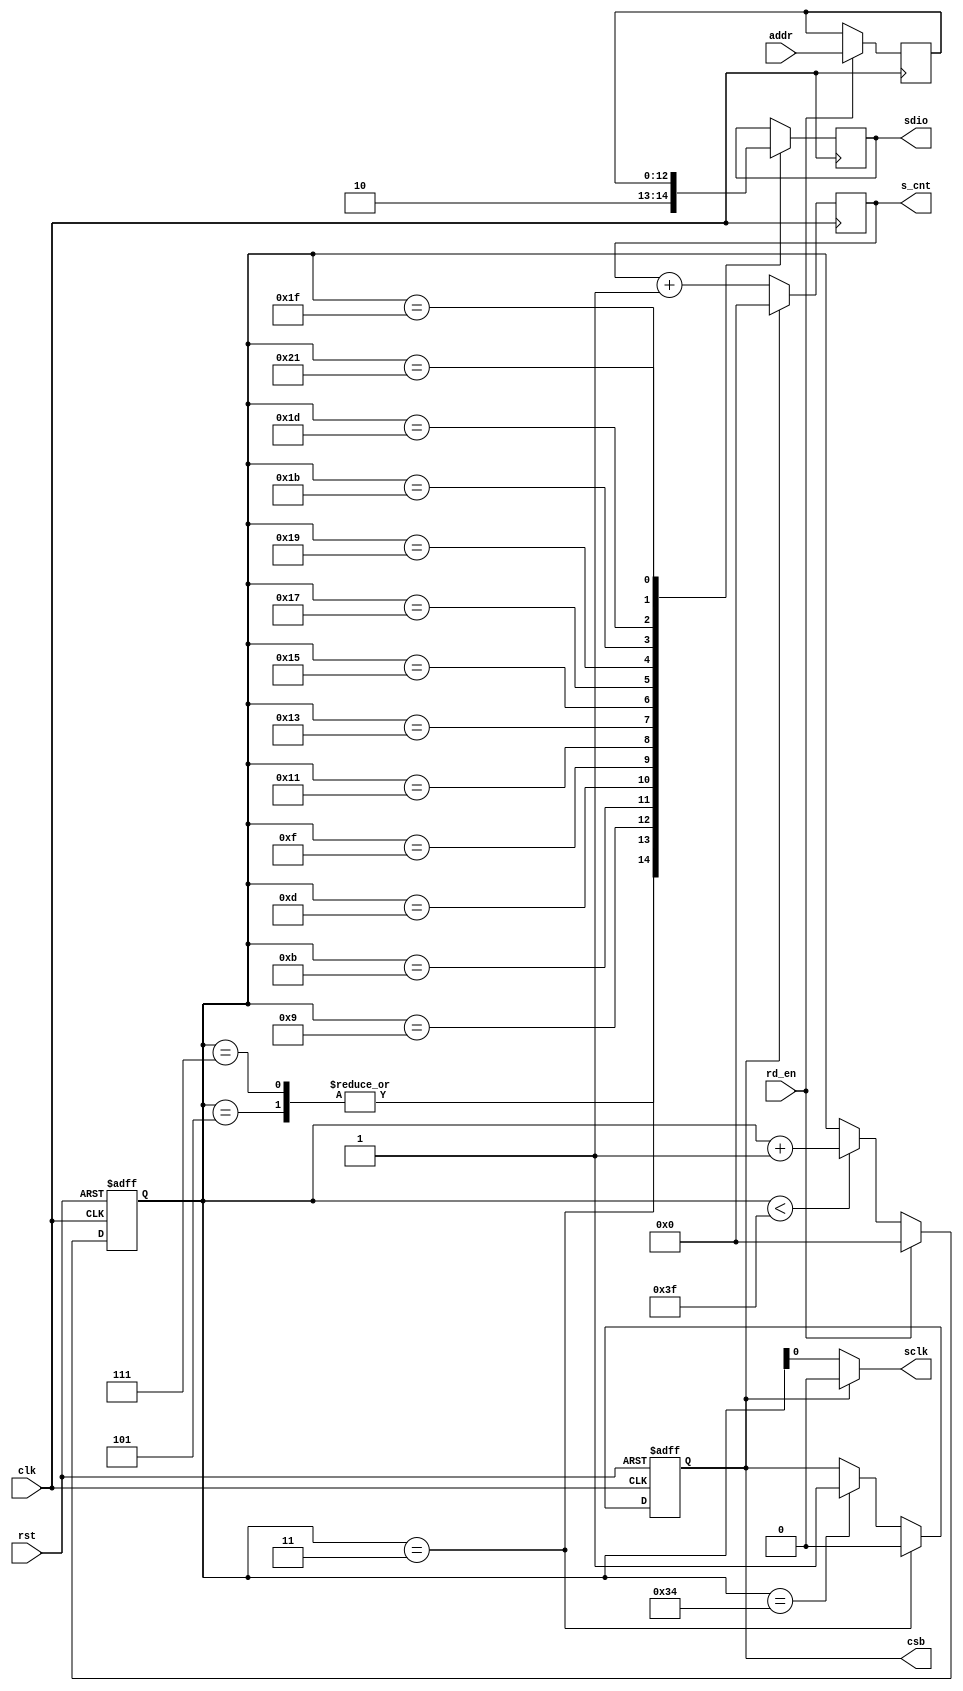
`timescale 1ns / 1ps
//////////////////////////////////////////////////////////////////////////////////
// Company: 
// Engineer: 
// 
// Design Name: 
// Module Name:    spi_rd 
// Project Name: 
// Target Devices: 
// Tool versions: 
// Description: 
//
// Dependencies: 
//
// Revision: 
// Revision 0.01 - File Created
// Additional Comments: 
//
//////////////////////////////////////////////////////////////////////////////////
module spi_rd(
    input          clk,
	 input          rst,
	 input	       rd_en,
	 input  [12:0]  addr,
	 output  reg    csb,
	 output         sclk,
	 output  reg    sdio,
	 output reg[5:0]s_cnt
    );

	 reg [12:0]reg_addr;
    always@(posedge clk)
	   if(rd_en)
		  reg_addr <= addr;
		  
    reg [5:0]cnt;
	 initial cnt = 0;
    always@(posedge clk or posedge rst)
	 	if(rst)
		  cnt <= 6'h3f;
	   else if(rd_en)
		  cnt <= 6'b0;
      else if(cnt < 6'h3f)
	     cnt <= cnt + 1'b1;
	 
    initial csb=1;	 
    always@(posedge clk or posedge rst)
	   if(rst)
		  csb <= 1'b1;
      else if(cnt==6'd3)
		  csb <= 1'b0;
		else if(cnt==6'd52) 
		  csb <= 1'b1;
    		  
	 assign sclk = csb? 1'b0:cnt[0];
	 
	 reg reg_sdio;
    always@(posedge clk)
	   case(cnt)
		  6'd3: sdio <= 1'b1; //R/W
		  6'd5: sdio <= 1'b0; //W1
		  6'd7: sdio <= 1'b0; //W0	
        6'd9: sdio <= reg_addr[12]; 
		  6'd11: sdio <= reg_addr[11];
		  6'd13: sdio <= reg_addr[10];
		  6'd15: sdio <= reg_addr[9];
		  6'd17: sdio <= reg_addr[8];
		  6'd19: sdio <= reg_addr[7];
		  6'd21: sdio <= reg_addr[6];
		  6'd23: sdio <= reg_addr[5];
		  6'd25: sdio <= reg_addr[4];
		  6'd27: sdio <= reg_addr[3];
		  6'd29: sdio <= reg_addr[2];
		  6'd31: sdio <= reg_addr[1];
		  6'd33: sdio <= reg_addr[0];
      endcase
    
	 always@(posedge clk)
	   if(csb)
		  s_cnt <= 6'b0;
		else  
	     s_cnt <= s_cnt + 1'b1;
		 








endmodule